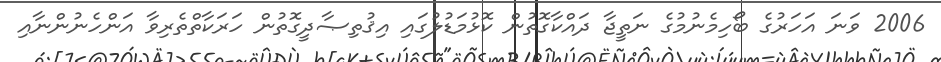
2006 ވަނަ އަހަރުގެ ބޯހިމެނުމުގެ ނަތީޖާ ދައްކާގޮތުން ކޮޅުމަޑުލުގައި އިޤުތިޞާދީގޮތުން ހަރަކާތްތެރިވާ އަންހެނުންނާއި